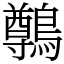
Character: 鷷